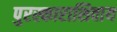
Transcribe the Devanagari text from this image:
पुरस्काराशिवाय